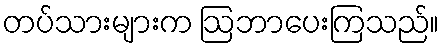
တပ်သားများက ဩဘာပေးကြသည်။